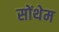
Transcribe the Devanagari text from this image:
सोंथेम